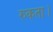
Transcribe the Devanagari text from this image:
रुकता।